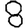
Digit: 8